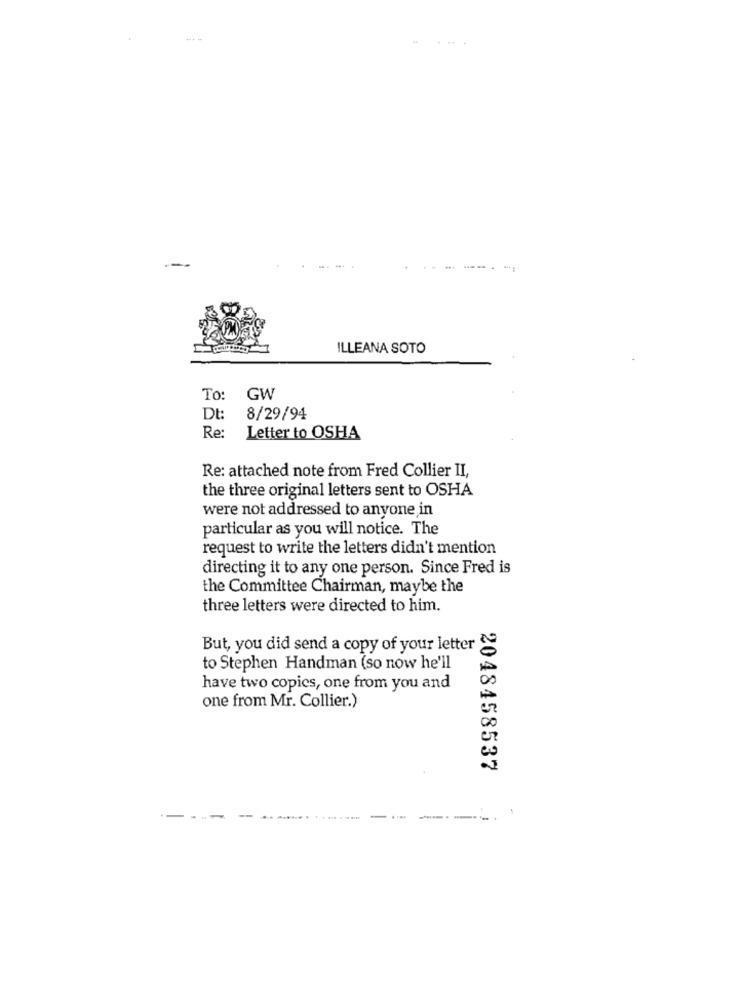
ILLEANA SOTO
To:
GW
Dt:
8/29/94
Re:
Letter to OSHA
Re: attached note from Fred Collier II,
the three original letters sent to OSHA
were not addressed to anyone in
particular as you will notice. The
request to write the letters didn't mention
directing it to any one person. Since Fred is
the Committee Chairman, maybe the
three letters were directed to him.
But, you did send a copy of your letter &
to Stephen Handman (so now he'll
have two copies, one from you and
one from Mr. Collier.)
2048458537